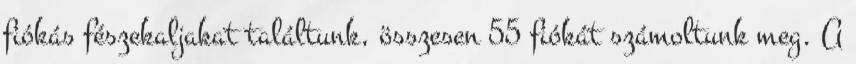
fiókás fészekaljakat találtunk, összesen 55 fiókát számoltunk meg. A